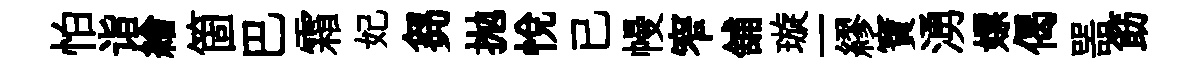
怕诣繪箇巴霜妃芻抛悦已幔窄舖璇一繆寶湧嫖偈噐筯